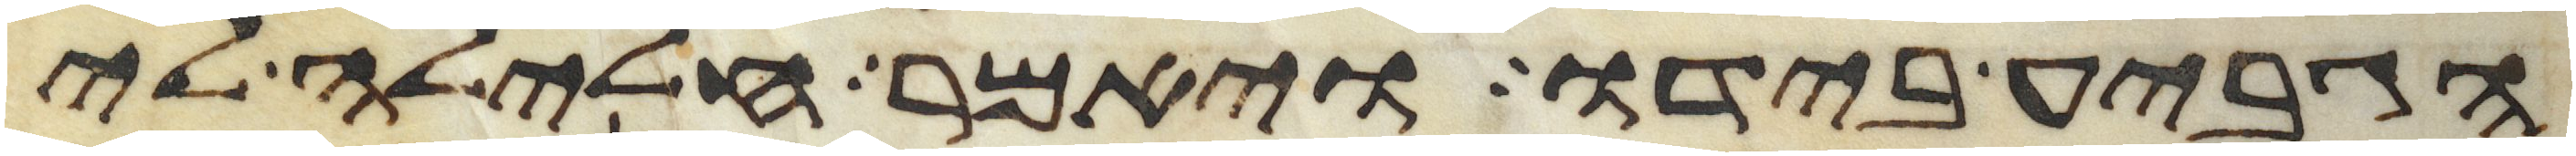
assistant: הגביע בידו ויאמר חלילה לי